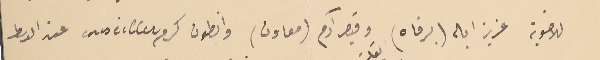
للاخوية عزيز ابان (برفاه) وقيصر آدم (معاون) وانطون كرم conseiller عند الوسط